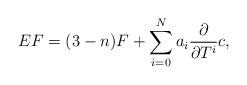
LaTeX: \begin{align*}EF=(3-n)F+ \sum_{i=0}^N a_i \frac{\partial }{\partial T^i} c,\end{align*}